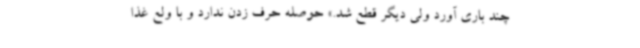
چند باری آورد ولی دیگر قطع شد.» حوصله حرف زدن ندارد و با ولع غذا